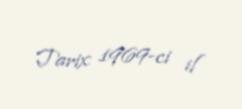
Tarix 1969-ci il